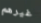
غيرهم